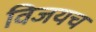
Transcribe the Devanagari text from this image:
विजयच